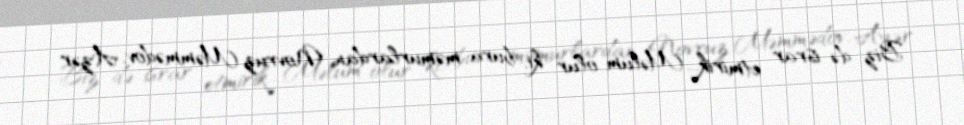
Biz də israr etmirik... Məlum olur ki, bura məmurlardan Novruz Məmmədov, Azər